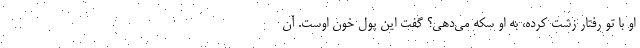
او با تو رفتار زشت کرده، به او سکه می‌دهی؟ گفت این پول خون اوست. آن